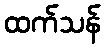
ထက်သန်